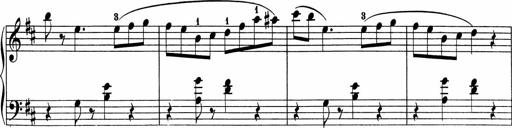
Title: 5 Sonatinen fÃ¼r die Jugend
Composer: Carl Reinecke